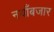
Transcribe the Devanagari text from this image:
नयाँबजार